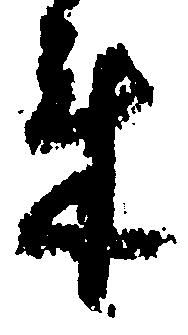
来